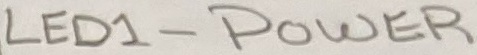
Text: LED1 - POWER